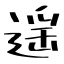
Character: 遥